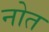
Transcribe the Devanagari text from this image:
नोत